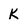
Character: K